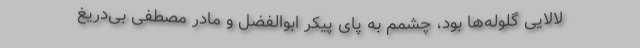
لالایی گلوله‌ها بود، چشمم به پای پیکر ابوالفضل و مادر مصطفی بی‌دریغ